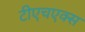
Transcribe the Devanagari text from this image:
टीएचएक्स